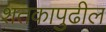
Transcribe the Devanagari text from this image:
शतकापुढील